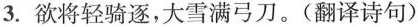
3.欲将轻骑逐，大雪满弓刀。(翻译诗句)